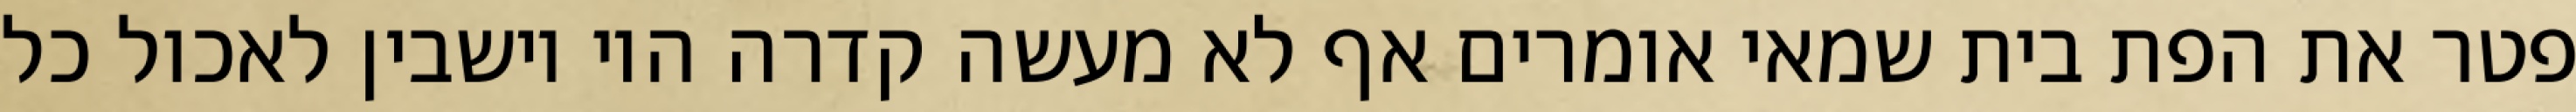
פטר את הפת בית שמאי אומרים אף לא מעשה קדרה היו יושבין לאכול כל